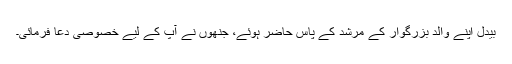
بیدل اپنے والد بزرگوار کے مرشد کے پاس حاضر ہوئے، جنھوں نے آپ کے لیے خصوصی دعا فرمائی۔